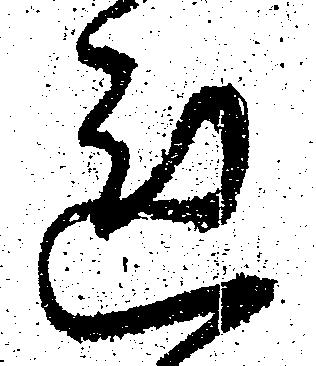
れ